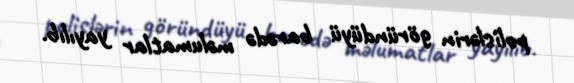
polislərin göründüyü barədə məlumatlar yayılıb.